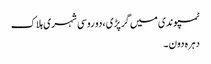
ٹمپو ندی میں گرپڑی ،دو روسی شہری ہلاک
دہرہ دون ۔